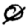
Digit: 0